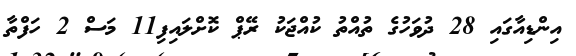
އިންޑިއާގައި 28 ދުވަހުގެ ތުއްތު ކުއްޖަކު ރޭޕް ކޮށްލައިފި11 މަސް 2 ހަފްތާ